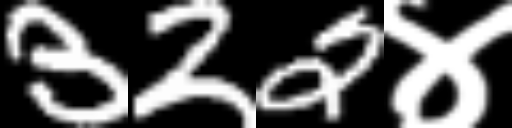
Text: 322४